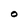
Character: O